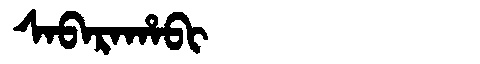
Manchu: ᠰᠠᠪᠠᡵᠠᡥᠠᠪᡳ
Romanization: SABARAHABI